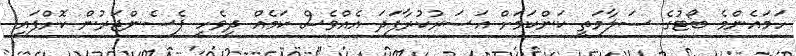
ހަމައެންމެ ބޯޓުގެ ސަލާމަތީ ކަންކަމަށް އަސަރުކުރާފަދަ އެއްވެސް ކަމެއް ދިވެހި ޕެސެންޖަރުން ކޮށްފައި